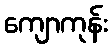
ကျောကုန်း